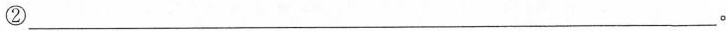
②___。